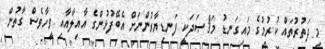
މި ދަތުރުތައް ކުރުމުގެ މައިގަނޑު މަޤްޞަދަކީ ފަނޑިޔާރުންނަށް އެބޭފުޅުންގެ އާއިލާއާއި ވީހާވެސް ގާތުން